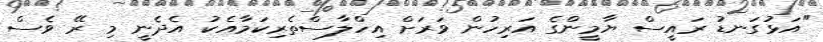
"އަޅުގަނޑު ރައީސް ޔާމީންގެ އަރިހުން ވަރަށް އިހްލާސްތެރިކަމާއެކު އެދެނީ މި ރޭ ވެސް